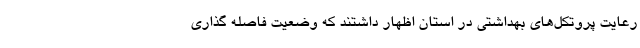
رعایت پروتکل‌های بهداشتی در استان اظهار داشتند که وضعیت فاصله گذاری